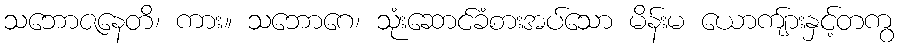
သဘောဇနေတိ၊ ကား။ သဘောဂေ၊ သုံးဆောင်ခံစားအပ်သော မိန်းမ ယောကျ်ားနှင့်တကွ